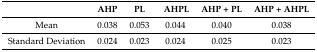
|  | AHP | PL | AHPL | AHP + PL | AHP + AHPL |
 | --- | --- | --- | --- | --- | --- |
 | Mean | 0.038 | 0.053 | 0.044 | 0.040 | 0.038 |
 | Standard Deviation | 0.024 | 0.023 | 0.024 | 0.025 | 0.023 |